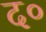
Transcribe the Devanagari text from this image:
द०